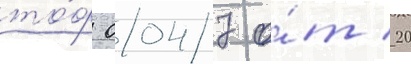
то́ф 0047 о́т 20